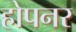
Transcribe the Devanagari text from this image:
होपनर